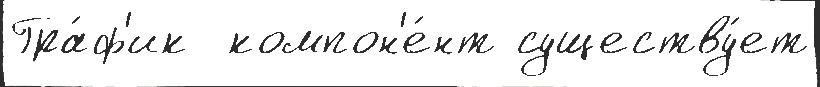
Гра́ф'ик  компон'е́нт существу́ет